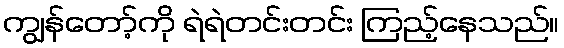
ကျွန်တော့်ကို ရဲရဲတင်းတင်း ကြည့်နေသည်။